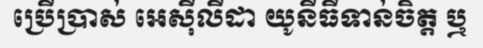
ប្រើប្រាស់ អេស៊ីលីដា យូនីធីទាន់ចិត្ត ឬ